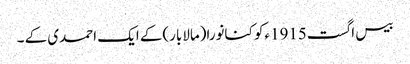
بیس اگست1915ءکو کنانورا(مالابار)کے ایک احمدی کے ۔